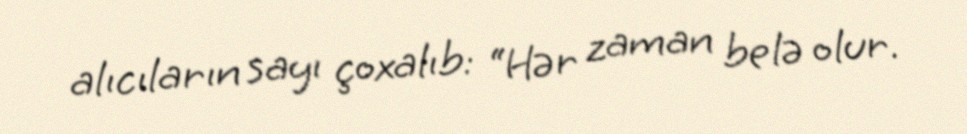
alıcıların sayı çoxalıb: “Hər zaman belə olur.